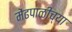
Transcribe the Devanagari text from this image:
मेंढपाळीच्या